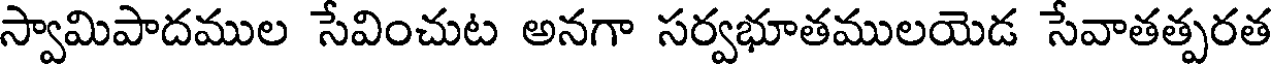
స్వామిపాదముల సేవించుట అనగా సర్వభూతములయెడ సేవాతత్పరత